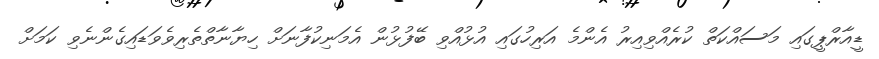
ޑީއާރްޕީގައި މަސައްކަތް ކުރެއްވިއިރު އެންމެ އަރިހުގައި އުޅުއްވި ބޭފުޅުން އެމަނިކުފާނަށް ހިޔާނާތްތެރިވެވަޑައިގެންނެވި ކަމަށް